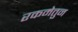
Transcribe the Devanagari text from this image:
रकमेतुन